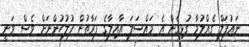
ނައުފަލް ގެއްލުމާ ގުޅިގެން އެ މައްސަލަ އާއިލާގެ ފަރާތުން ފުލުހުންނަށް ވެސް ވަނީ